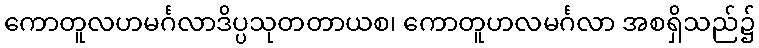
ကောတူလဟမင်္ဂလာဒိပ္ပသုတတာယစ၊ ကောတူဟလမင်္ဂလာ အစရှိသည်၌